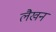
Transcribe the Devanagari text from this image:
लैखन